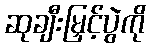
ဆုချီးမြှင့်ပွဲကို